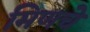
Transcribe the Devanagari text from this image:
मिणचे